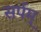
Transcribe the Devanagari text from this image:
सर्पम्